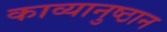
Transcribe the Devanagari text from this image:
काव्यानुष्ठान